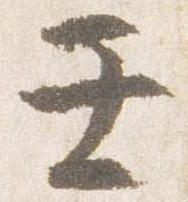
壬